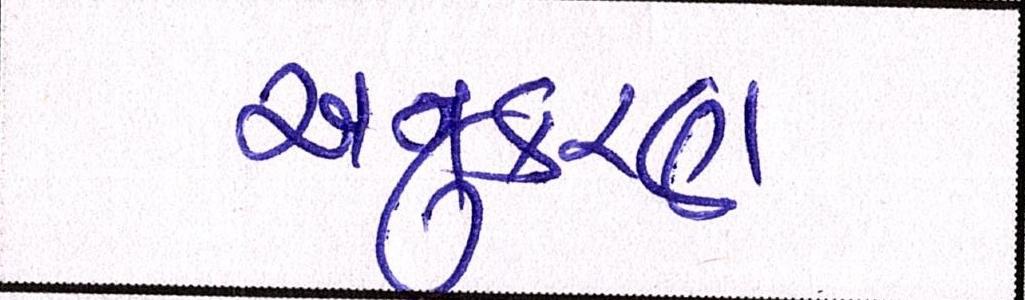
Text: અનુકરણ